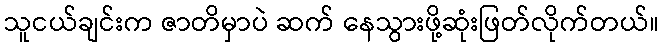
သူငယ်ချင်းက ဇာတိမှာပဲ ဆက် နေသွားဖို့ဆုံးဖြတ်လိုက်တယ်။